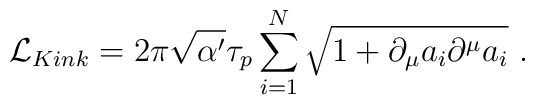
{\cal L}_{Kink} = 2\pi\sqrt{\alpha'}\tau_p\sum_{i=1}^N\sqrt{1+\partial_\mu a_i\partial^\mu a_i}\ .